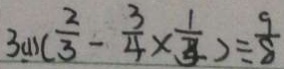
3 ( 1 ) ( \frac { 2 } { 3 } - \frac { 3 } { 4 } \times \frac { 1 } { 3 } ) \div \frac { 9 } { 8 }